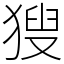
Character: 獀